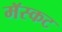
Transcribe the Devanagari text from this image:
मॅस्कट